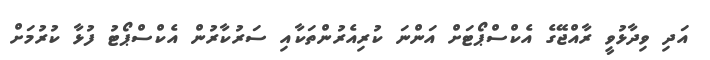
އަދި ވިދާޅުވީ ރާއްޖޭގެ އެކްސްޕޯޓަށް އަންނަ ކުރިއެރުންތަކާއި ސަރުކާރުން އެކްސްޕޯޓު ފުޅާ ކުރުމަށް